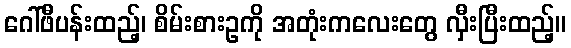
ဂေါ်ဖီပန်းထည့်၊ စိမ်းစားဥကို အတုံးကလေးတွေ လှီးပြီးထည့်။